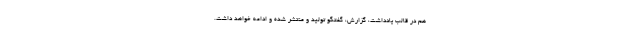
هم در قالب یادداشت، گزارش، گفتگو تولید و منتشر شده و ادامه خواهد داشت.